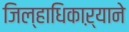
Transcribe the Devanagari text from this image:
जिल्हाधिकाऱ्याने